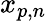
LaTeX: x_{p,n}